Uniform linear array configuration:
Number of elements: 64
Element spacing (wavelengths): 0.5
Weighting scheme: hann
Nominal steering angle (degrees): -30
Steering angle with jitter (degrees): -31.549
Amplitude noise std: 0.05
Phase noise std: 0.05

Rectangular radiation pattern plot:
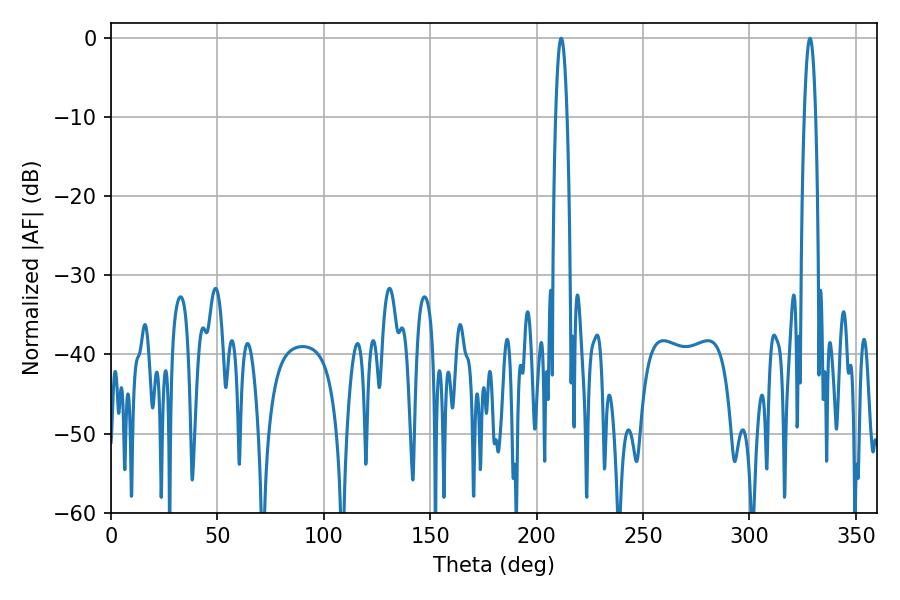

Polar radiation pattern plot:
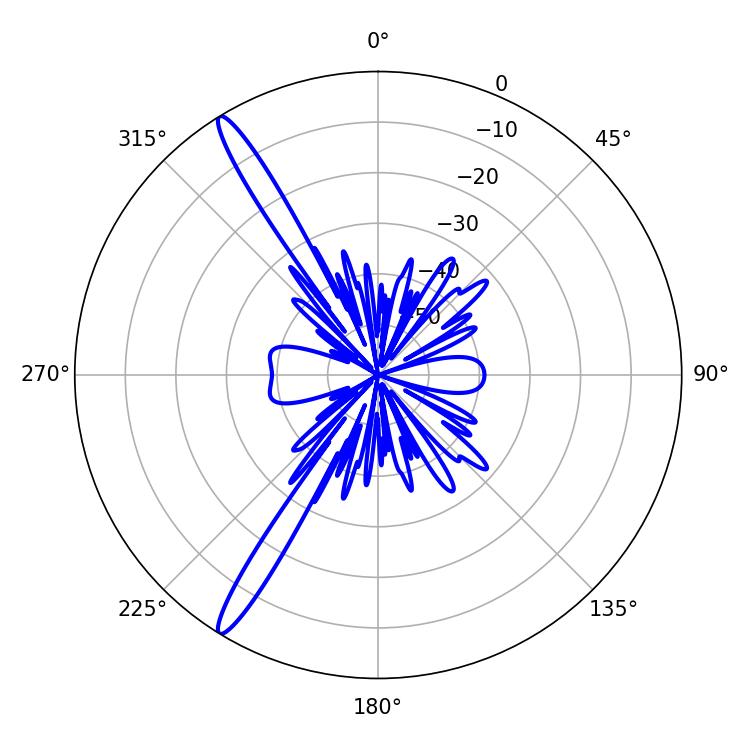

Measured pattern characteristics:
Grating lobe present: FALSE
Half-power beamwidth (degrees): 2.88
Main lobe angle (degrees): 211.5